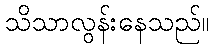
သိသာလွန်းနေသည်။